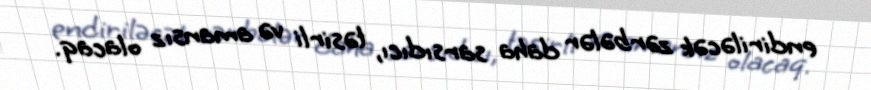
endiriləcək zərbələr daha sarsıdıcı, təsirli və amansız olacaq.